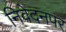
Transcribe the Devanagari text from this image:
निवेदनपर